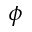
\phi